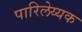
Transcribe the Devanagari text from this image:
पारिलेय्यक